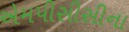
એમપીસીસીના